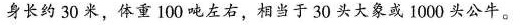
身长约30米，体重100吨左右，相当于30头大象或1000头公牛。